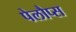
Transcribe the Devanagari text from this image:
पेलौप्स